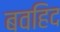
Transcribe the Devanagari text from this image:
बवहिद